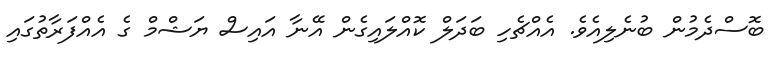
ބޮސްދެމުން ބުނެލިއެވެ. އެއްޗެހި ބަދަލް ކޮއްލައިގެން އޭނާ އައިސް ޔަޝްމް ގެ އެއްފަރާތުގައި